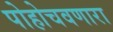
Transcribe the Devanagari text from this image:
पोहोचवणारा